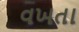
વખતા